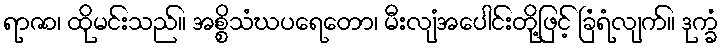
ရာဇာ၊ ထိုမင်းသည်။ အစ္စိသံဃပရေတော၊ မီးလျံအပေါင်းတို့ဖြင့် ခြံရံလျက်။ ဒုက္ခံ